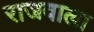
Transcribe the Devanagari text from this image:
राजवाला